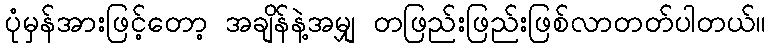
ပုံမှန်အားဖြင့်တော့ အချိန်နဲ့အမျှ တဖြည်းဖြည်းဖြစ်လာတတ်ပါတယ်။